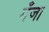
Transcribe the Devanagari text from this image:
मँजा